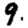
Digit: 9